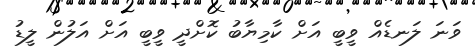
ވަނަ ލަނޑެއް ވީބީ އަށް ކާމިޔާބު ކޮށްދީ ވީބީ އަށް އަލުން ލީޑު